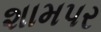
શામપર